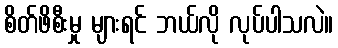
စိတ်ဖိစီးမှု များရင် ဘယ်လို လုပ်ပါသလဲ။